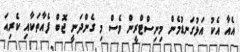
އެއާ އެކު އަޅުގަނޑުމެން މިނިސްޓްރީން ވެސް މި ގެންދަނީ ޖޮބް ފެއާތަކާއި ކެރިއަ